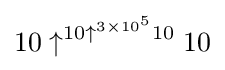
10\uparrow ^{10\uparrow ^{3\times 10^{5}}10}10